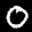
Label: 0